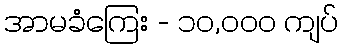
အာမခံကြေး - ၁၀,၀၀၀ ကျပ်